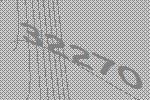
32270